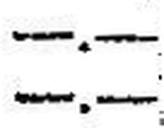
—.—